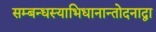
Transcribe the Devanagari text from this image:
सम्बन्धस्याभिधानान्तोदनाद्वा